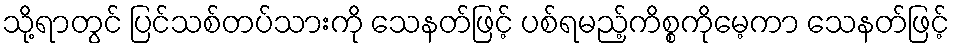
သို့ရာတွင် ပြင်သစ်တပ်သားကို သေနတ်ဖြင့် ပစ်ရမည့်ကိစ္စကိုမေ့ကာ သေနတ်ဖြင့်